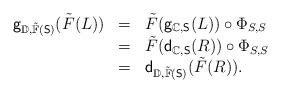
LaTeX: \begin{align*}\begin{array}{lll}\mathsf{g}_{\mathbb{D},\tilde{\mathbb{F}}(\mathsf{S})}(\tilde{F}(L))&=&\tilde{F}(\mathsf{g}_{\mathbb{C},\mathsf{S}}(L))\circ\Phi_{S,S}\\&=&\tilde{F}(\mathsf{d}_{\mathbb{C},\mathsf{S}}(R))\circ\Phi_{S,S}\\&=&\mathsf{d}_{\mathbb{D},\tilde{\mathbb{F}}(\mathsf{S})}(\tilde{F}(R)).\end{array}\end{align*}